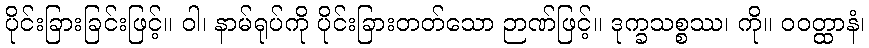
ပိုင်းခြားခြင်းဖြင့်။ ဝါ၊ နာမ်ရုပ်ကို ပိုင်းခြားတတ်သော ဉာဏ်ဖြင့်။ ဒုက္ခသစ္စဿ၊ ကို။ ဝဝတ္ထာနံ၊